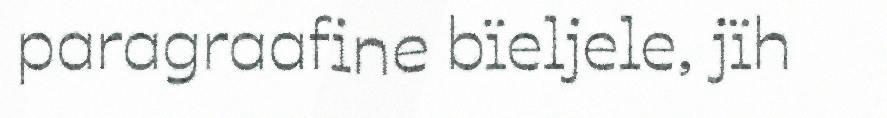
paragraafine bïeljele, jïh